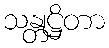
သန္တုဋ္ဌိတာ